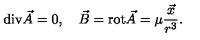
\mathrm { d i v } \vec { A } = 0 , \quad \vec { B } = \mathrm { r o t } \vec { A } = \mu \frac { \vec { x } } { r ^ { 3 } } .